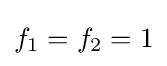
f_{1}=f_{2}=1